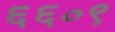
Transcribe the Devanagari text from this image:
६६०९